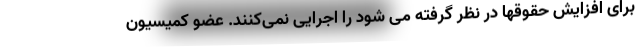
برای افزایش حقوقها در نظر گرفته می شود را اجرایی نمی‌کنند. عضو کمیسیون